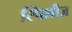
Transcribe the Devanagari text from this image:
स्पिशीज़